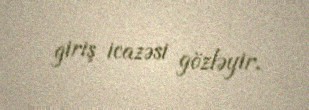
giriş icazəsi gözləyir.